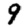
Digit: 9